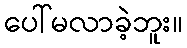
ပေါ်မလာခဲ့ဘူး။